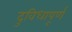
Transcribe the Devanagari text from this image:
दुविधापूर्ण